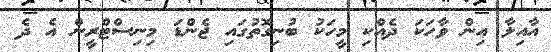
އާއިލާ އިން ވާހަކަ ދެއްކި މީހަކު ބުނިގޮތުގައި ޖެންޑަ މިނިސްޓްރީން އެ ދެ